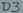
Text: D3